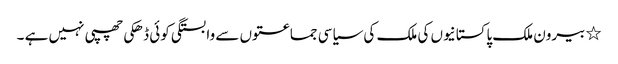
٭	بیرون ملک پاکستانیوں کی ملک کی سیاسی جماعتوں سے وابستگی کوئی ڈھکی چھپی نہیں ہے ۔